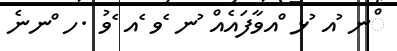
ްނ ުއ ުޅ ްއވާފައެއް ުނ ެވ ެއ ެވު .ހ ްނނެ